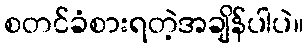
စတင်ခံစားရတဲ့အချိန်ပါပဲ။